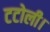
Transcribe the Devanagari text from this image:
टटोली।